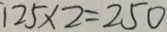
1 2 5 \times 2 = 2 5 0